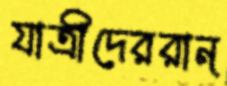
যাত্রীদেররান্